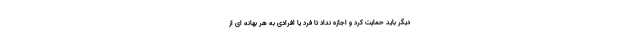
دیگر باید حمایت کرد و اجازه نداد تا فرد یا افرادی به هر بهانه ای از